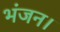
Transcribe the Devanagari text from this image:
भंजन।